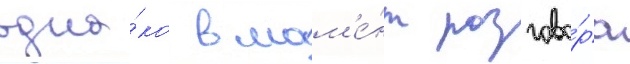
одна́ко в мом'е́нт разгово́ра